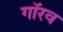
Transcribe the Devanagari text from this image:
गॉरव